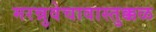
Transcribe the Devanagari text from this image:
मरन्नुवेचावास्तुक्कळ